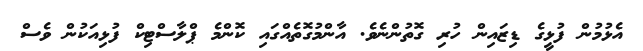
އެޅުމުން ފުޅީގެ ޑިޒައިން ހުރި ގޮތުންނެވެ. އާންމުގޮތެއްގައި ކޮންމެ ޕްލާސްޓިކް ފުޅިއަކުން ވެސް